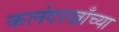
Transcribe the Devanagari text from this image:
कलंदरखाँच्या